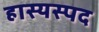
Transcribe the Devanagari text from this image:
हास्यस्पद